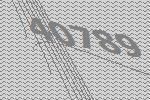
40789